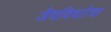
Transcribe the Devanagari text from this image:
जैवविधतेचा